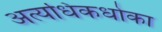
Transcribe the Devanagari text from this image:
अत्यधिकधोका